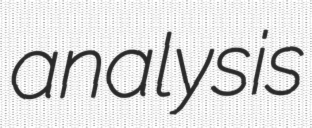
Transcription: analysis